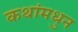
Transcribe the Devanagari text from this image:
कथांमधुन